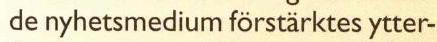
de nyhetsmedium förstärktes ytter-